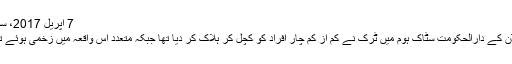
7 اپریل 2017، سویڈن
سویڈن کے دارالحکومت سٹاک ہوم میں ٹرک نے کم از کم چار افراد کو کچل کر ہلاک کر دیا تھا جبکہ متعدد اس واقعہ میں زخمی ہوئے تھے۔